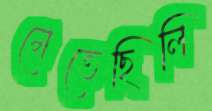
মেতেছিলি